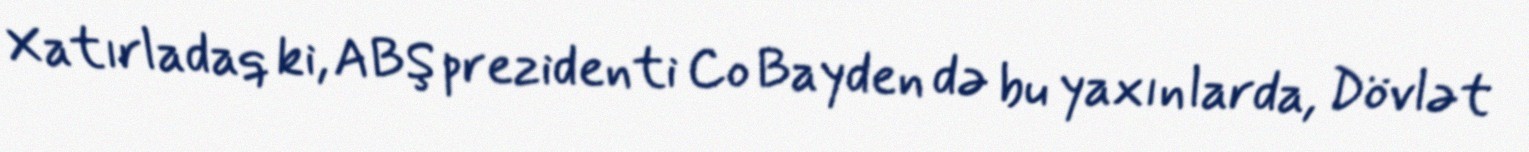
Xatırladaq ki, ABŞ prezidenti Co Bayden də bu yaxınlarda, Dövlət